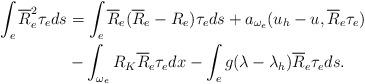
LaTeX: \begin{align*}\int_{e} \overline{R}_e^2 \tau_e ds & = \int_{e} \overline{R}_e (\overline{R}_e-R_e) \tau_e ds +a_{\omega_e}(u_h-u,\overline{R}_e \tau_e)\\&{}- \int_{\omega_e} R_K\overline{R}_e \tau_e dx- \int_{e} g(\lambda- \lambda_h)\overline{R}_e \tau_e ds.\end{align*}